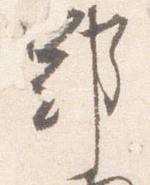
郢